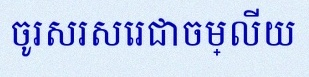
ចូរសរសេរជាចម្លើយ